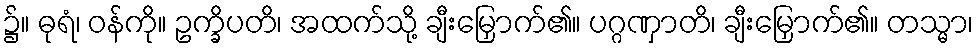
၌။ ဓုရံ၊ ဝန်ကို။ ဥက္ခိပတိ၊ အထက်သို့ ချီးမြှောက်၏။ ပဂ္ဂဏှာတိ၊ ချီးမြှောက်၏။ တသ္မာ၊